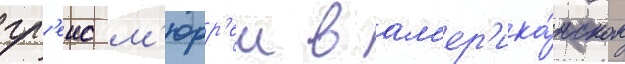
гр'еис м'юрр'еи в ам'ер'ика́нском